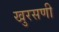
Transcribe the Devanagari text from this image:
खुरसणी